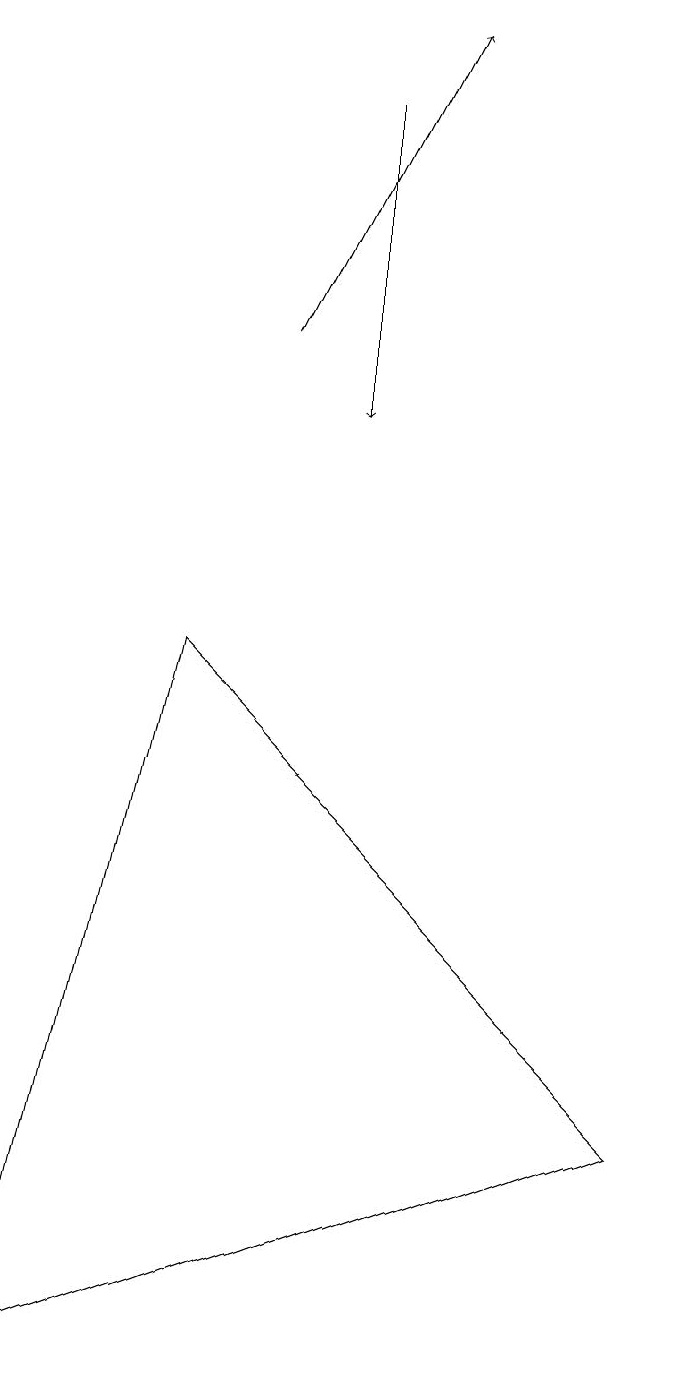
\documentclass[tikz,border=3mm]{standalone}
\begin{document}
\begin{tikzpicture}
\draw (1,0) -- (9,3) -- (3,9) -- cycle;
\draw[->] (4,13) -- (6,17);
\draw[->] (5,16) -- (5,12);
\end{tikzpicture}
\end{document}